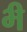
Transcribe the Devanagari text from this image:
भ्‍ी